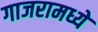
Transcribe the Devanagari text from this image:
गाजरामध्ये